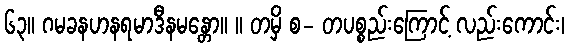
၆၃။ ဂမခနဟနရမာဒီနမန္တော။ ။ တမှိ စ- တပစ္စည်းကြောင့် လည်းကောင်း၊